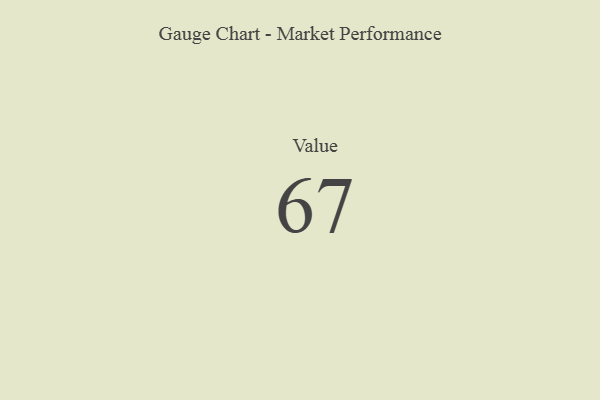
{"axis": {"x": "Metric", "y": "Value"}, "legend": [""], "data": [{"x": "Value", "y": 67, "type": ""}]}